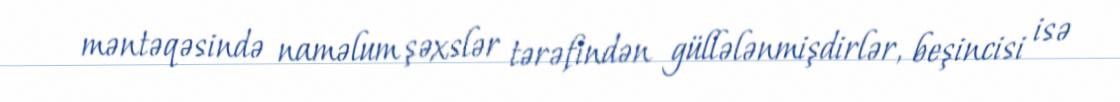
məntəqəsində naməlum şəxslər tərəfindən güllələnmişdirlər, beşincisi isə